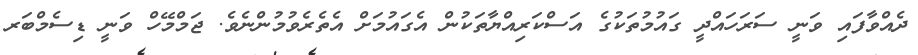
ދެއްވާފައި ވަނީ ސަރަހައްދީ ގައުމުތަކުގެ އަސްކަރިއްޔާތަކުން އެގައުމަށް އެތެރެވުމުންނެވެ. ޖަމްމޭހް ވަނީ ޑިސެމްބަރ